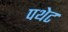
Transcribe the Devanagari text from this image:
पथेट